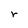
Character: r